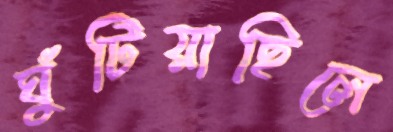
ঘুঁটিয়াছিলে